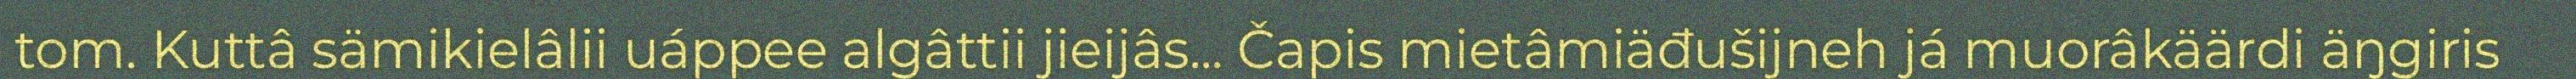
tom. Kuttâ sämikielâlii uáppee algâttii jieijâs... Čapis mietâmiäđušijneh já muorâkäärdi äŋgiris